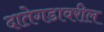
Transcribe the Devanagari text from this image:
दातेगडावरील